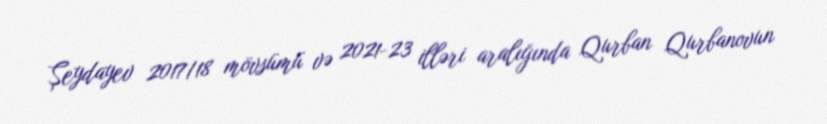
Şeydayev 2017/18 mövsümü və 2021-23 illəri aralığında Qurban Qurbanovun